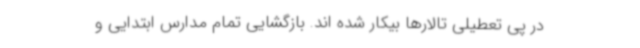
در پی تعطیلی تالارها بیکار شده اند. بازگشایی تمام مدارس ابتدایی و